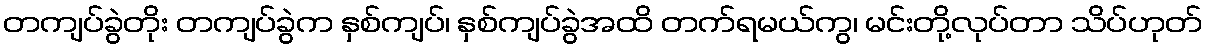
တကျပ်ခွဲတိုး တကျပ်ခွဲက နှစ်ကျပ်၊ နှစ်ကျပ်ခွဲအထိ တက်ရမယ်ကွ၊ မင်းတို့လုပ်တာ သိပ်ဟုတ်